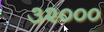
૩૨૦૦૦